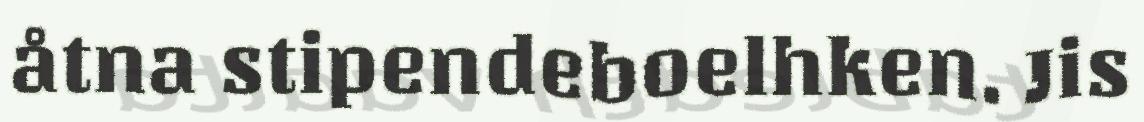
åtna stipendeboelhken. Jis